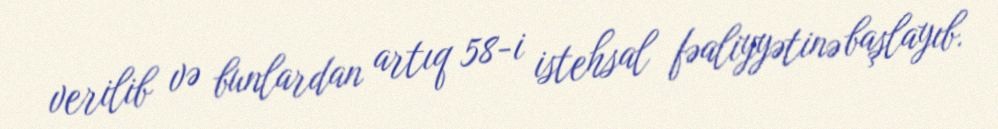
verilib və bunlardan artıq 58-i istehsal fəaliyyətinə başlayıb.